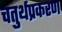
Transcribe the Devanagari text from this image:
चतुर्थप्रकरण